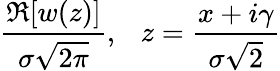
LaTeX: {\frac{\Re[w(z)]}{\sigma{\sqrt{2\pi}}}},~~~z={\frac{x+i\gamma}{\sigma{\sqrt{2}}}}